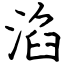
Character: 淊